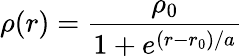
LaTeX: \rho(r)=\frac{\rho_{0}}{1+e^{(r-r_{0})/a}}